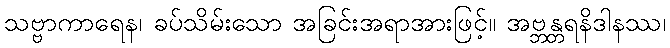
သဗ္ဗာကာရေန၊ ခပ်သိမ်းသော အခြင်းအရာအားဖြင့်။ အဗ္ဘန္တရနိဒါနဿ၊